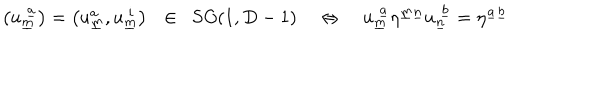
\left( u _ { \underline { { { m } } } } ^ { ~ \underline { { { a } } } } \right) = \left( u _ { \underline { { { m } } } } ^ { a } , u _ { \underline { { { m } } } } ^ { ~ i } \right) ~ ~ \in ~ ~ S O ( 1 , D - 1 ) ~ \Leftrightarrow ~ u _ { \underline { { { m } } } } ^ { ~ \underline { { { a } } } } \eta ^ { \underline { { { m } } } \underline { { { n } } } } u _ { \underline { { { n } } } } ^ { ~ \underline { { { b } } } } = \eta ^ { \underline { { { a } } } \underline { { { b } } } }